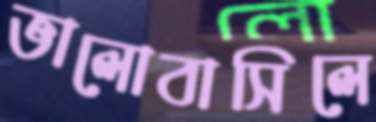
ভালোবাসিলে